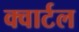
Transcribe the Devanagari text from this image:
क्वार्टल